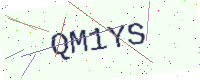
Text: QM1YS